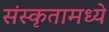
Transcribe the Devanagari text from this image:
संस्कृतामध्ये